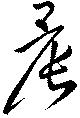
晨